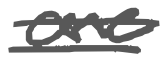
Text: are
Cross-out: double-line
Writing tool: digital_gray